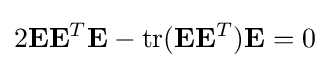
2\mathbf {E} \mathbf {E} ^{T}\mathbf {E} -\operatorname {tr} (\mathbf {E} \mathbf {E} ^{T})\mathbf {E} =0